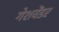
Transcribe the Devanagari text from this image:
गेशवेंडर